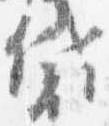
袋